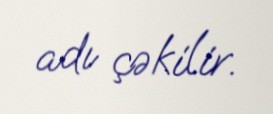
adı çəkilir.